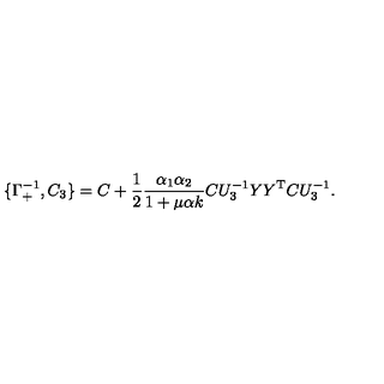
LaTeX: \{ \Gamma _ { + } ^ { - 1 } , C _ { 3 } \} = C + \frac { 1 } { 2 } \frac { \alpha _ { 1 } \alpha _ { 2 } } { 1 + \mu \alpha k } C U _ { 3 } ^ { - 1 } Y Y ^ { \mathrm { T } } C U _ { 3 } ^ { - 1 } .